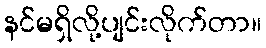
နင်မရှိလို့ပျင်းလိုက်တာ။